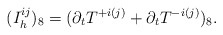
\begin{align*}(I_h^{ij})_8 = (\partial_t T^{+i(j)} + \partial_t T^{-i(j)})_8.\end{align*}